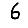
Digit: 6